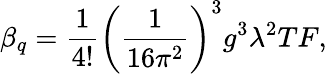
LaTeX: \beta_{q}={\frac{1}{4!}}\left({\frac{1}{16\pi^{2}}}\right)^{3}g^{3}\lambda^{2}TF,